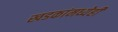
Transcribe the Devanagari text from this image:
खडकांमध्येही